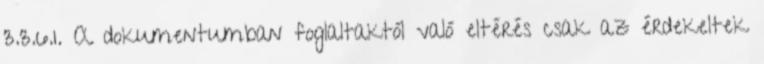
3.3.6.1. A dokumentumban foglaltaktól való eltérés csak az érdekeltek